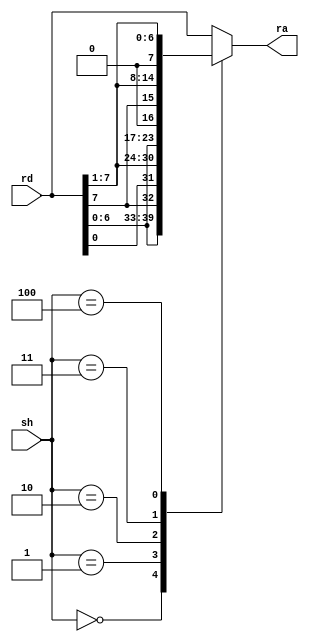
module shifter( input wire[7:0] rd,
						input wire [2:0] sh,
						output reg[7:0] ra);

		always @* begin
			case(sh)
				3'b000: ra = {rd[6:0],rd[7]};		 //ROL
				3'b001: ra = {rd[0],rd[7:1]};		 //ROR
				3'b010: ra = rd << 1; 				 //LSL
				3'b011: ra = {rd[7],rd[7:1]};		 //ASR
				3'b100: ra = rd >> 1; 				 //LSR
				3'b111: ra = rd; //NO SHIFT
				default: ra = rd;
			endcase
		end
		
endmodule